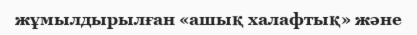
жұмылдырылған «ашық халафтық» және